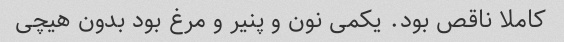
کاملا ناقص بود. یکمی نون و پنیر و مرغ بود بدون هیچی